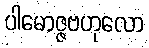
ပါမောဇ္ဇဗဟုလော